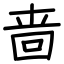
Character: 啬